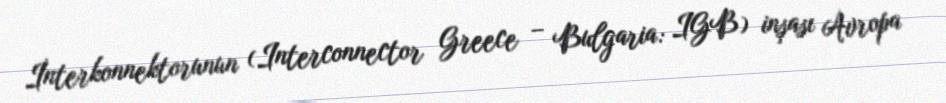
İnterkonnektorunun (Interconnector Greece – Bulgaria: IGB) inşası Avropa